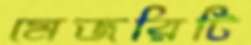
মেজরিটি